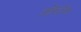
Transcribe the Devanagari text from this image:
जातिवृत्तीय